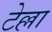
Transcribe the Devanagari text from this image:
टेल्ला